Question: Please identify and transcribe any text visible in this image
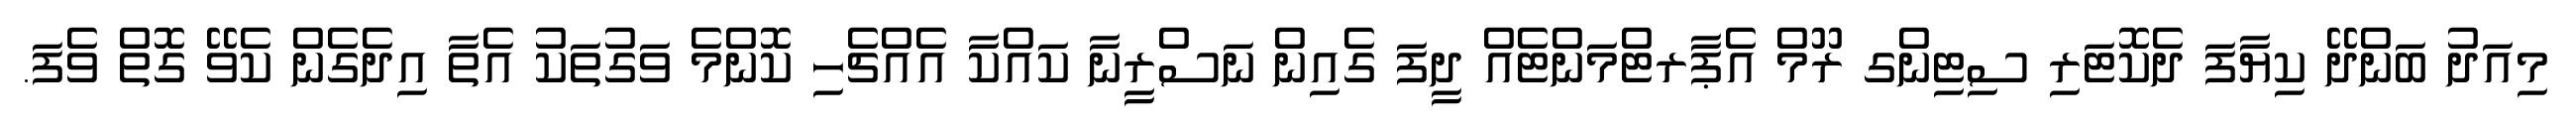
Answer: މިއަދު ބަންދޭ ކިޔާފަ ދެކޮޓަރި ސިޓިންގ ރޫމް އެޕާރޓްމަންޓެއް ދީފަ ގެއިން ނަސްރީނާ ކައްކާ އެއްޗެހި ކޮންމެ ވަގުތަކު އެތާ އިދެގެން ކެވޭ ގޮތް ވެފަ.